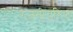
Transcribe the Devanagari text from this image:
रजनीचरित्रा